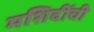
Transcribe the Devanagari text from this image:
मशिदींची